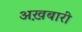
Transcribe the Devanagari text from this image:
अख़बारी